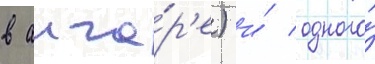
в анга́р'е) и́ одного́